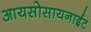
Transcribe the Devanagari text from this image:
आयसोसायनाईट